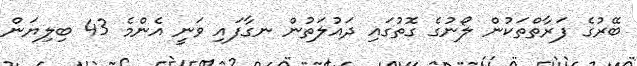
ބޭރުގެ ފަރާތްތަކުން ލޯނުގެ ގޮތުގައި ދައުލަތުން ނގާފައި ވަނީ އެންމެ 43 ބިލިޔަން